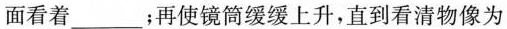
面看着___；再使镜筒缓缓上升，直到看清物像为